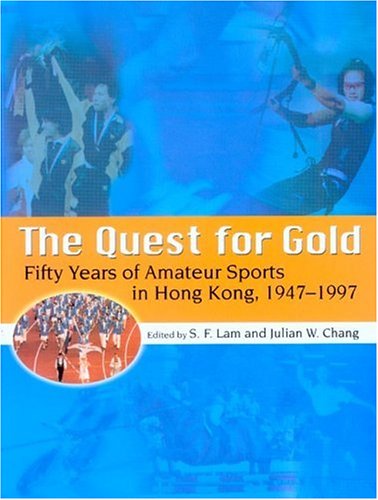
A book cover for The Quest for Gold: Fifty Years of Amateur Sports in Hong Kong, 1947-1997; S.F Lam; History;